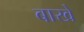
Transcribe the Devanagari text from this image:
बाखे